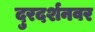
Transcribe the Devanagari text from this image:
दुरदर्शनवर